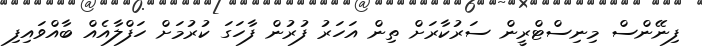
ފިނޭންސް މިނިސްޓްރީން ސަރުކާރަށް ތިން އަހަރު ފުރުން ފާހަގަ ކުރުމަށް ހަފްލާއެއް ބާއްވައިފި